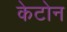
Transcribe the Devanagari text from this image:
केटोन